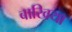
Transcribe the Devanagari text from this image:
बाखिया